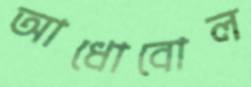
আধোবোল